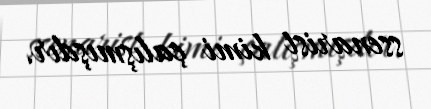
ssenarist kimi çalışmışdır.